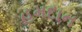
હમદાન